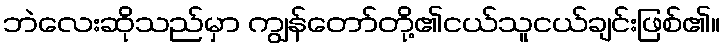
ဘဲလေးဆိုသည်မှာ ကျွန်တော်တို့၏ငယ်သူငယ်ချင်းဖြစ်၏။